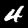
Digit: 4